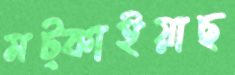
মট্‌কাইয়াছ